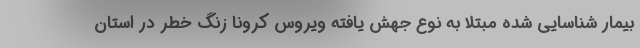
بیمار شناسایی شده مبتلا به نوع جهش یافته ویروس کرونا زنگ خطر در استان